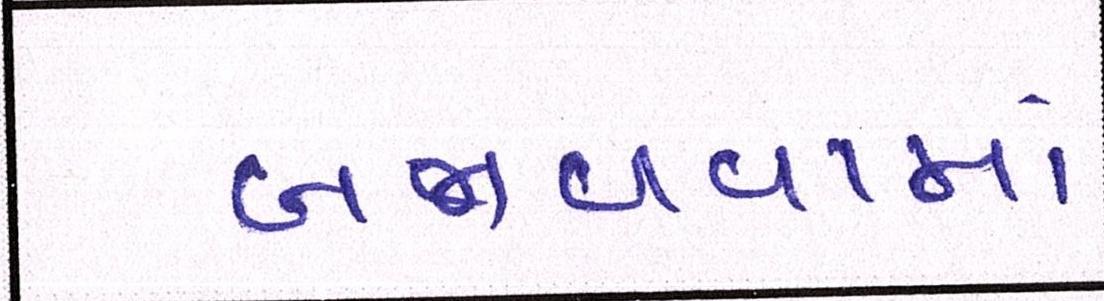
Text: બજાવવામાં